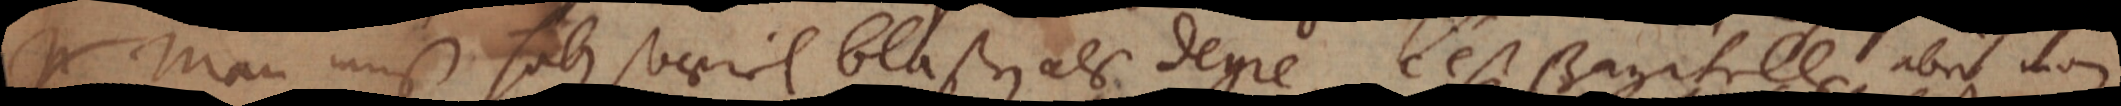
Man mus haben soviel blaßen als degre, c’est Bagatelle, aber man